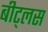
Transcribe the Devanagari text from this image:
बीट्लस